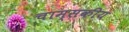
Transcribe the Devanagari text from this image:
चाम्सकीय